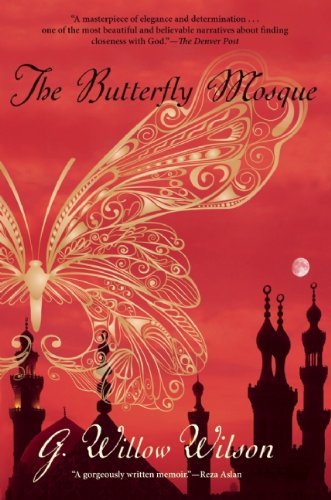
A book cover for The Butterfly Mosque: A Young American Woman's Journey to Love and Islam; G. Willow Wilson; Religion & Spirituality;